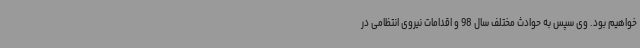
خواهیم بود. وی سپس به حوادث مختلف سال 98 و اقدامات نیروی انتظامی در